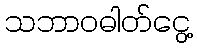
သဘာဝဓါတ်ငွေ့